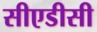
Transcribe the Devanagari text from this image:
सीएडीसी